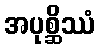
အပုစ္ဆိဿံ